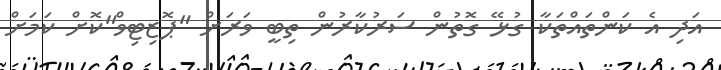
އަދި އެ ކަންތައްތަކާ ގުޅޭ ގޮތުން ސަރުކާރުން ތިބީ ވަރަށް "ޕޮޒިޓިވް"ކޮށް ކަމަށް